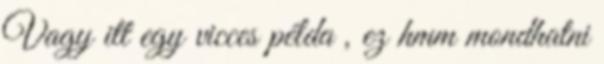
Vagy itt egy vicces példa , ez hmm mondhatni